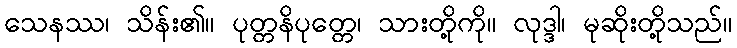
သေနဿ၊ သိန်း၏။ ပုတ္တနိပုတ္တေ၊ သားတို့ကို။ လုဒ္ဒါ၊ မုဆိုးတို့သည်။